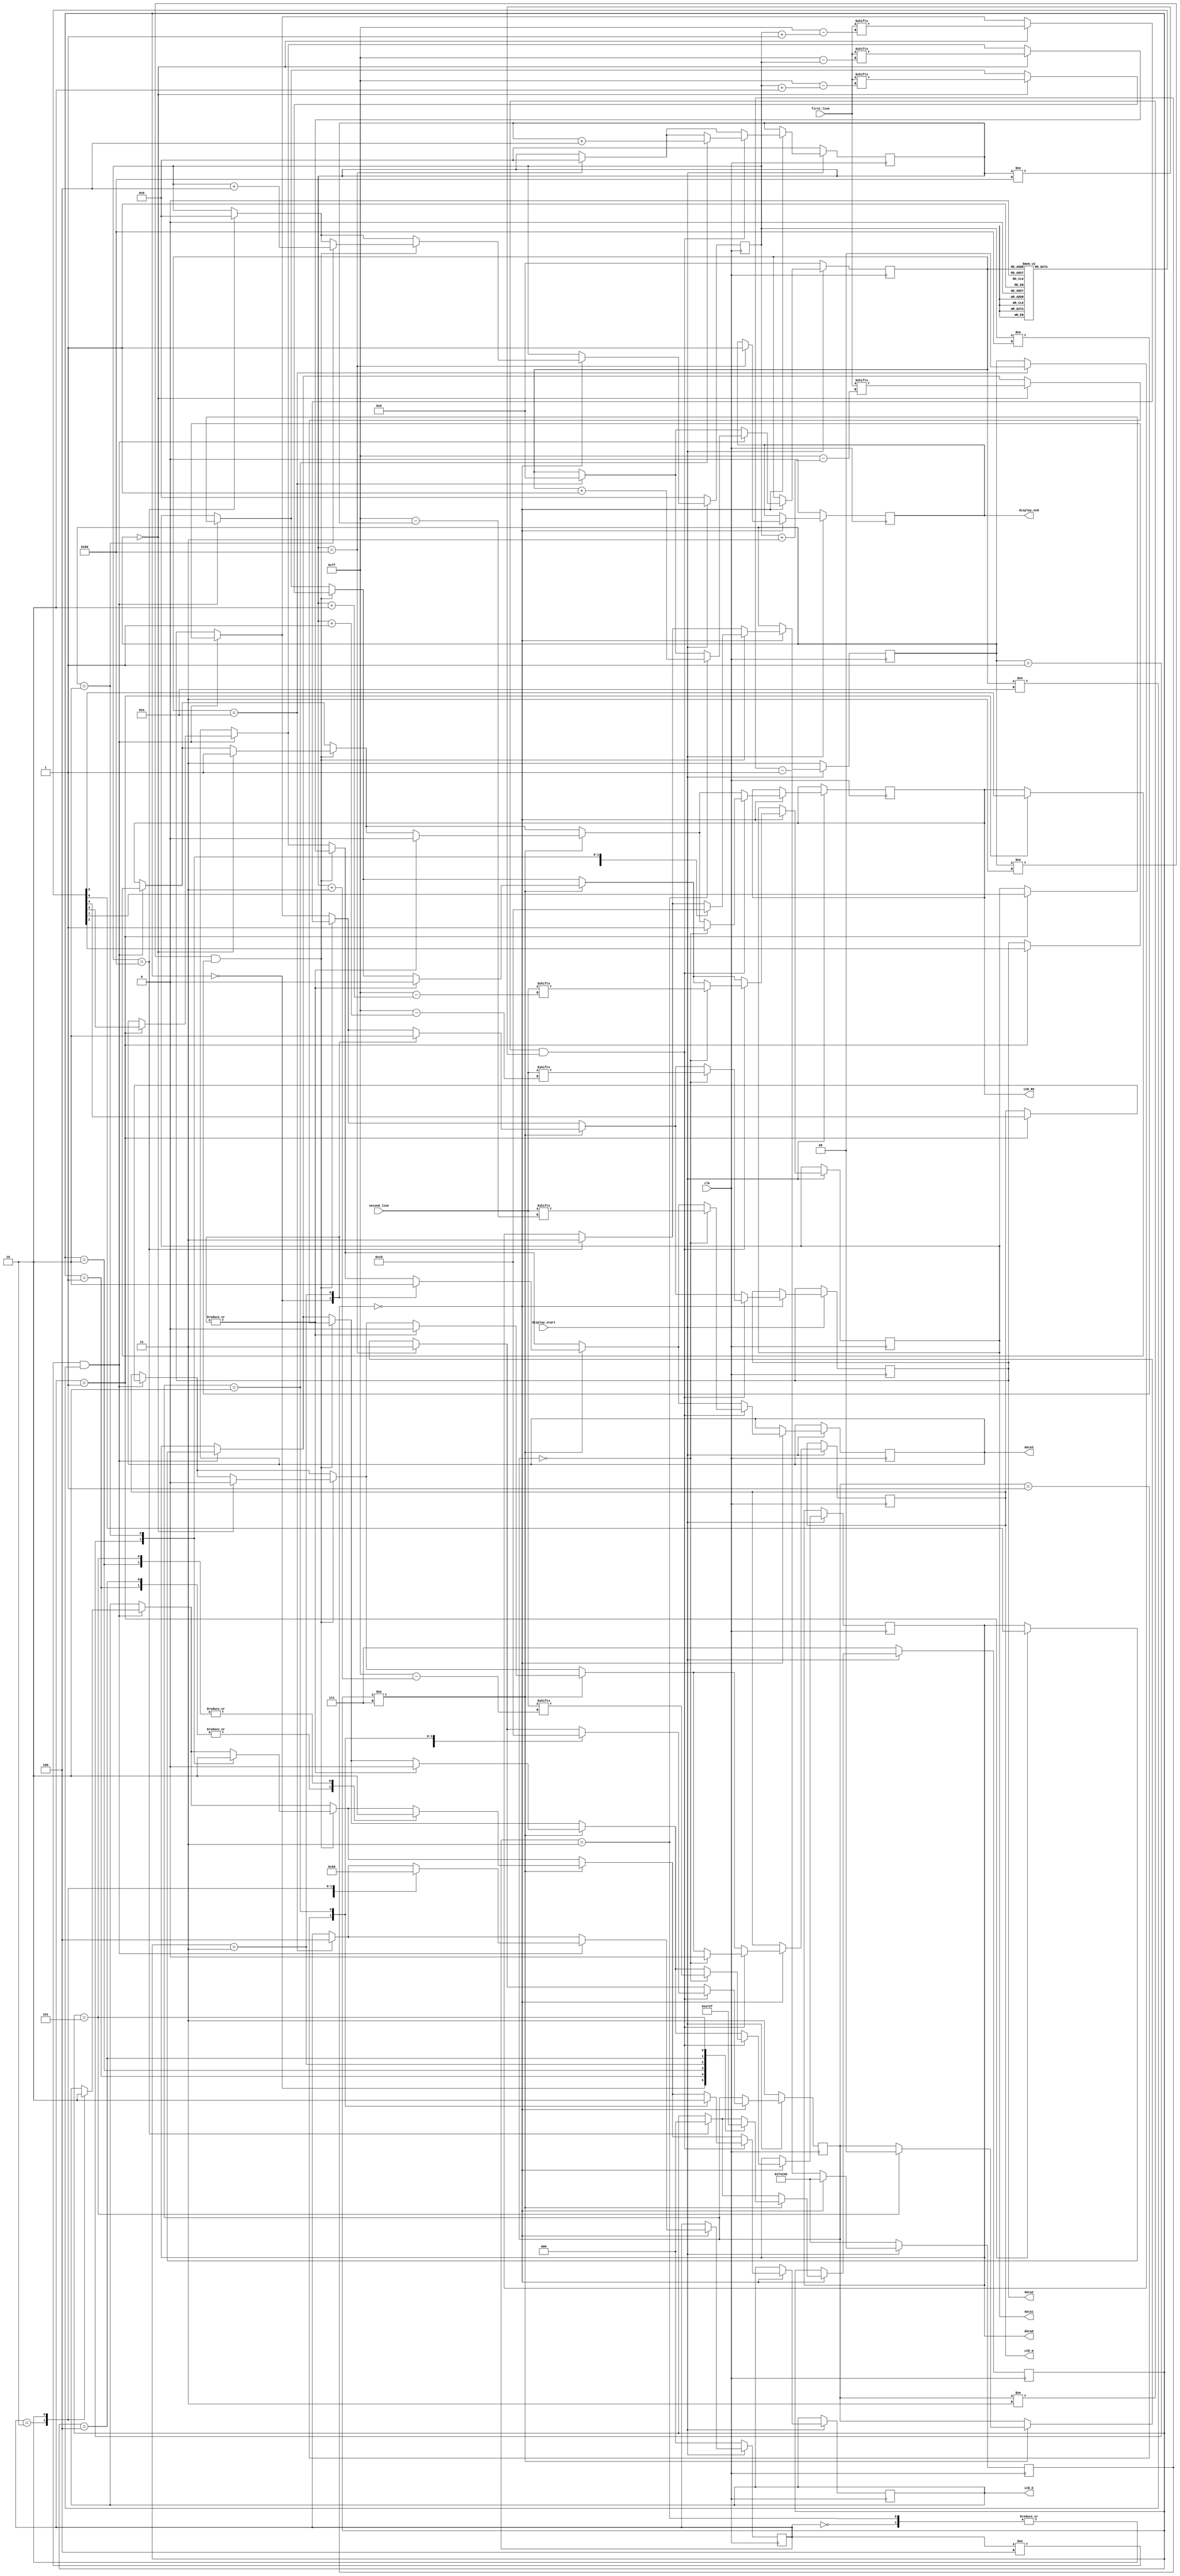
`timescale 1ns / 1ps
//////////////////////////////////////////////////////////////////////////////////
// Company: 
// Engineer: 
// 
// Design Name: 
// Module Name:    lcd 
// Project Name: 
// Target Devices: 
// Tool versions: 
// Description: 
//
// Dependencies: 
//
// Revision: 
// Revision 0.01 - File Created
// Additional Comments: 
//
//////////////////////////////////////////////////////////////////////////////////
module lcd(first_line, second_line, display_start, clk, LCD_RS, LCD_W, LCD_E, data0, data1, data2, data3, display_end
    );

   input display_start, clk;
   input [0:127] first_line;
	input [0:127] second_line;
	output reg LCD_RS, LCD_W, LCD_E, data0, data1, data2, data3, display_end;

	reg [7:0] index1;
	reg [7:0] index2;
	reg [1:0] state1;
	reg [1:0] state2;
	reg [2:0] next_state;
	reg [2:0] line_break_state;
	reg [31:0] counter;
	reg [5:0] ROM [0:13];
	reg [3:0] ROM_index;
	 
	// Initialization code
	initial begin
	   index1 = 0;
		index2 = 0;
		state1 = 3;
		state2 = 3;
		counter = 1000000;
		next_state = 0;
		line_break_state = 7;
		display_end = 0;
	end
	initial begin
		ROM_index = 0;
		ROM[0] = 6'h03;
		ROM[1] = 6'h03;
		ROM[2] = 6'h03;
		ROM[3] = 6'h02;
		ROM[4] = 6'h02;
		ROM[5] = 6'h08;
		ROM[6] = 6'h00;
		ROM[7] = 6'h06;
		ROM[8] = 6'h00;
		ROM[9] = 6'h0c;
		ROM[10] = 6'h00;
		ROM[11] = 6'h01;
		ROM[12] = 6'h08;
		ROM[13] = 6'h00;
	end
	
	always @(posedge clk) begin
	   if (display_start == 0) begin
			index1 <= 0;
			index2 <= 0;
			state1 <= 3;
			state2 <= 3;
			counter <= 1000000;
			next_state <= 0;
			line_break_state <= 7;
			display_end <= 0;
			ROM_index <= 0;
		end
		
		else if (display_start == 1) begin
			if (counter == 0) begin
				counter <= 1000000;
	
				// Initialization
				if (ROM_index == 14) begin
					next_state <= 4;
					ROM_index <= 0;
					state1 <= 0;
				end
					
				if ((next_state != 4) && (ROM_index != 14)) begin
					case (next_state)
						0: begin
							LCD_E <= 0;
							next_state <= 1;
							end
				
						1: begin
							{LCD_RS, LCD_W, data3, data2, data1, data0} <= ROM[ROM_index];
							next_state <= 2;
							end
				
						2: begin
							LCD_E <= 1;
							next_state <= 3;
							end
						
						3: begin
							LCD_E <= 0;
							next_state <= 1;
							ROM_index <= ROM_index + 1;
							end
					endcase
				end
	
				// First line
				if (index1 == 128) begin
					state1 <= 3;
					index1 <= 0;
					line_break_state <= 0;
				end
				if ((state1 != 3) && (index1 != 128)) begin
					case (state1)
					0: begin
						{LCD_RS, LCD_W} <= 2'h2;
						data3 <= first_line[index1];
 						data2 <= first_line[index1+1];
						data1 <= first_line[index1+2];
						data0 <= first_line[index1+3];
						state1 <= 1;
						end
				
					1: begin
						LCD_E <= 1;
						state1 <= 2;
						end
			
					2: begin
						LCD_E <= 0;
						state1 <= 0;
						index1 <= index1+4;
						end
					endcase
				end
			
				// Line break 
				if (line_break_state != 7) begin
					case (line_break_state)
					0: begin
						{LCD_RS, LCD_W, data3, data2, data1, data0} <= 6'h0c;
						line_break_state <= 1;
						end
					
					1: begin
						LCD_E <= 1;
						line_break_state <= 2;
						end
					
					2: begin
						LCD_E <= 0;
						line_break_state <= 3;
						end
					
					3: begin
						{LCD_RS, LCD_W, data3, data2, data1, data0} <= 6'h00;
						line_break_state <= 4;
						end
					
					4: begin
						LCD_E <= 1;
						line_break_state <= 5;
						end
					
					5: begin
						LCD_E <= 0;
						line_break_state <= 7;
						state2 <= 0;
						end
					endcase
				end
	
		      // Second line 
				if (index2 == 128) begin
					state2 <= 3;
					index2 <= 0;
					display_end <= 1;
				end
				if ((state2 != 3) && (index2 != 128)) begin
					case (state2)
					0: begin
						{LCD_RS, LCD_W} <= 2'h2;
						data3 <= second_line[index2];
 						data2 <= second_line[index2+1];
						data1 <= second_line[index2+2];
						data0 <= second_line[index2+3];
						state2 <= 1;
						end
			
					1: begin
						LCD_E <= 1;
						state2 <= 2;
						end
			
					2: begin
						LCD_E <= 0;
						state2 <= 0;
						index2 <= index2+4;
						end
					endcase
				end
			end
			else begin 
				counter <= counter - 1;
			end
		end
	end

endmodule